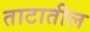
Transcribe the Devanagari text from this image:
ताटातील